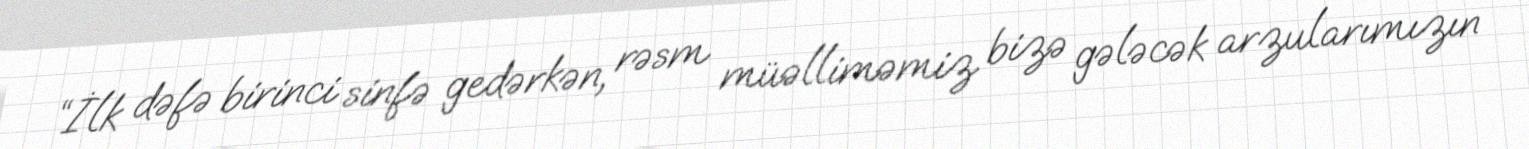
“İlk dəfə birinci sinfə gedərkən, rəsm müəlliməmiz bizə gələcək arzularımızın